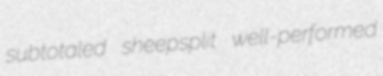
subtotaled sheepsplit well-performed